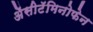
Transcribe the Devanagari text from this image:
ॲेसीटॅमिनोफेन